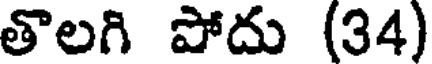
తొలగి పోదు (34)